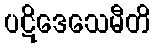
ပဋိဒေသေမီတိ